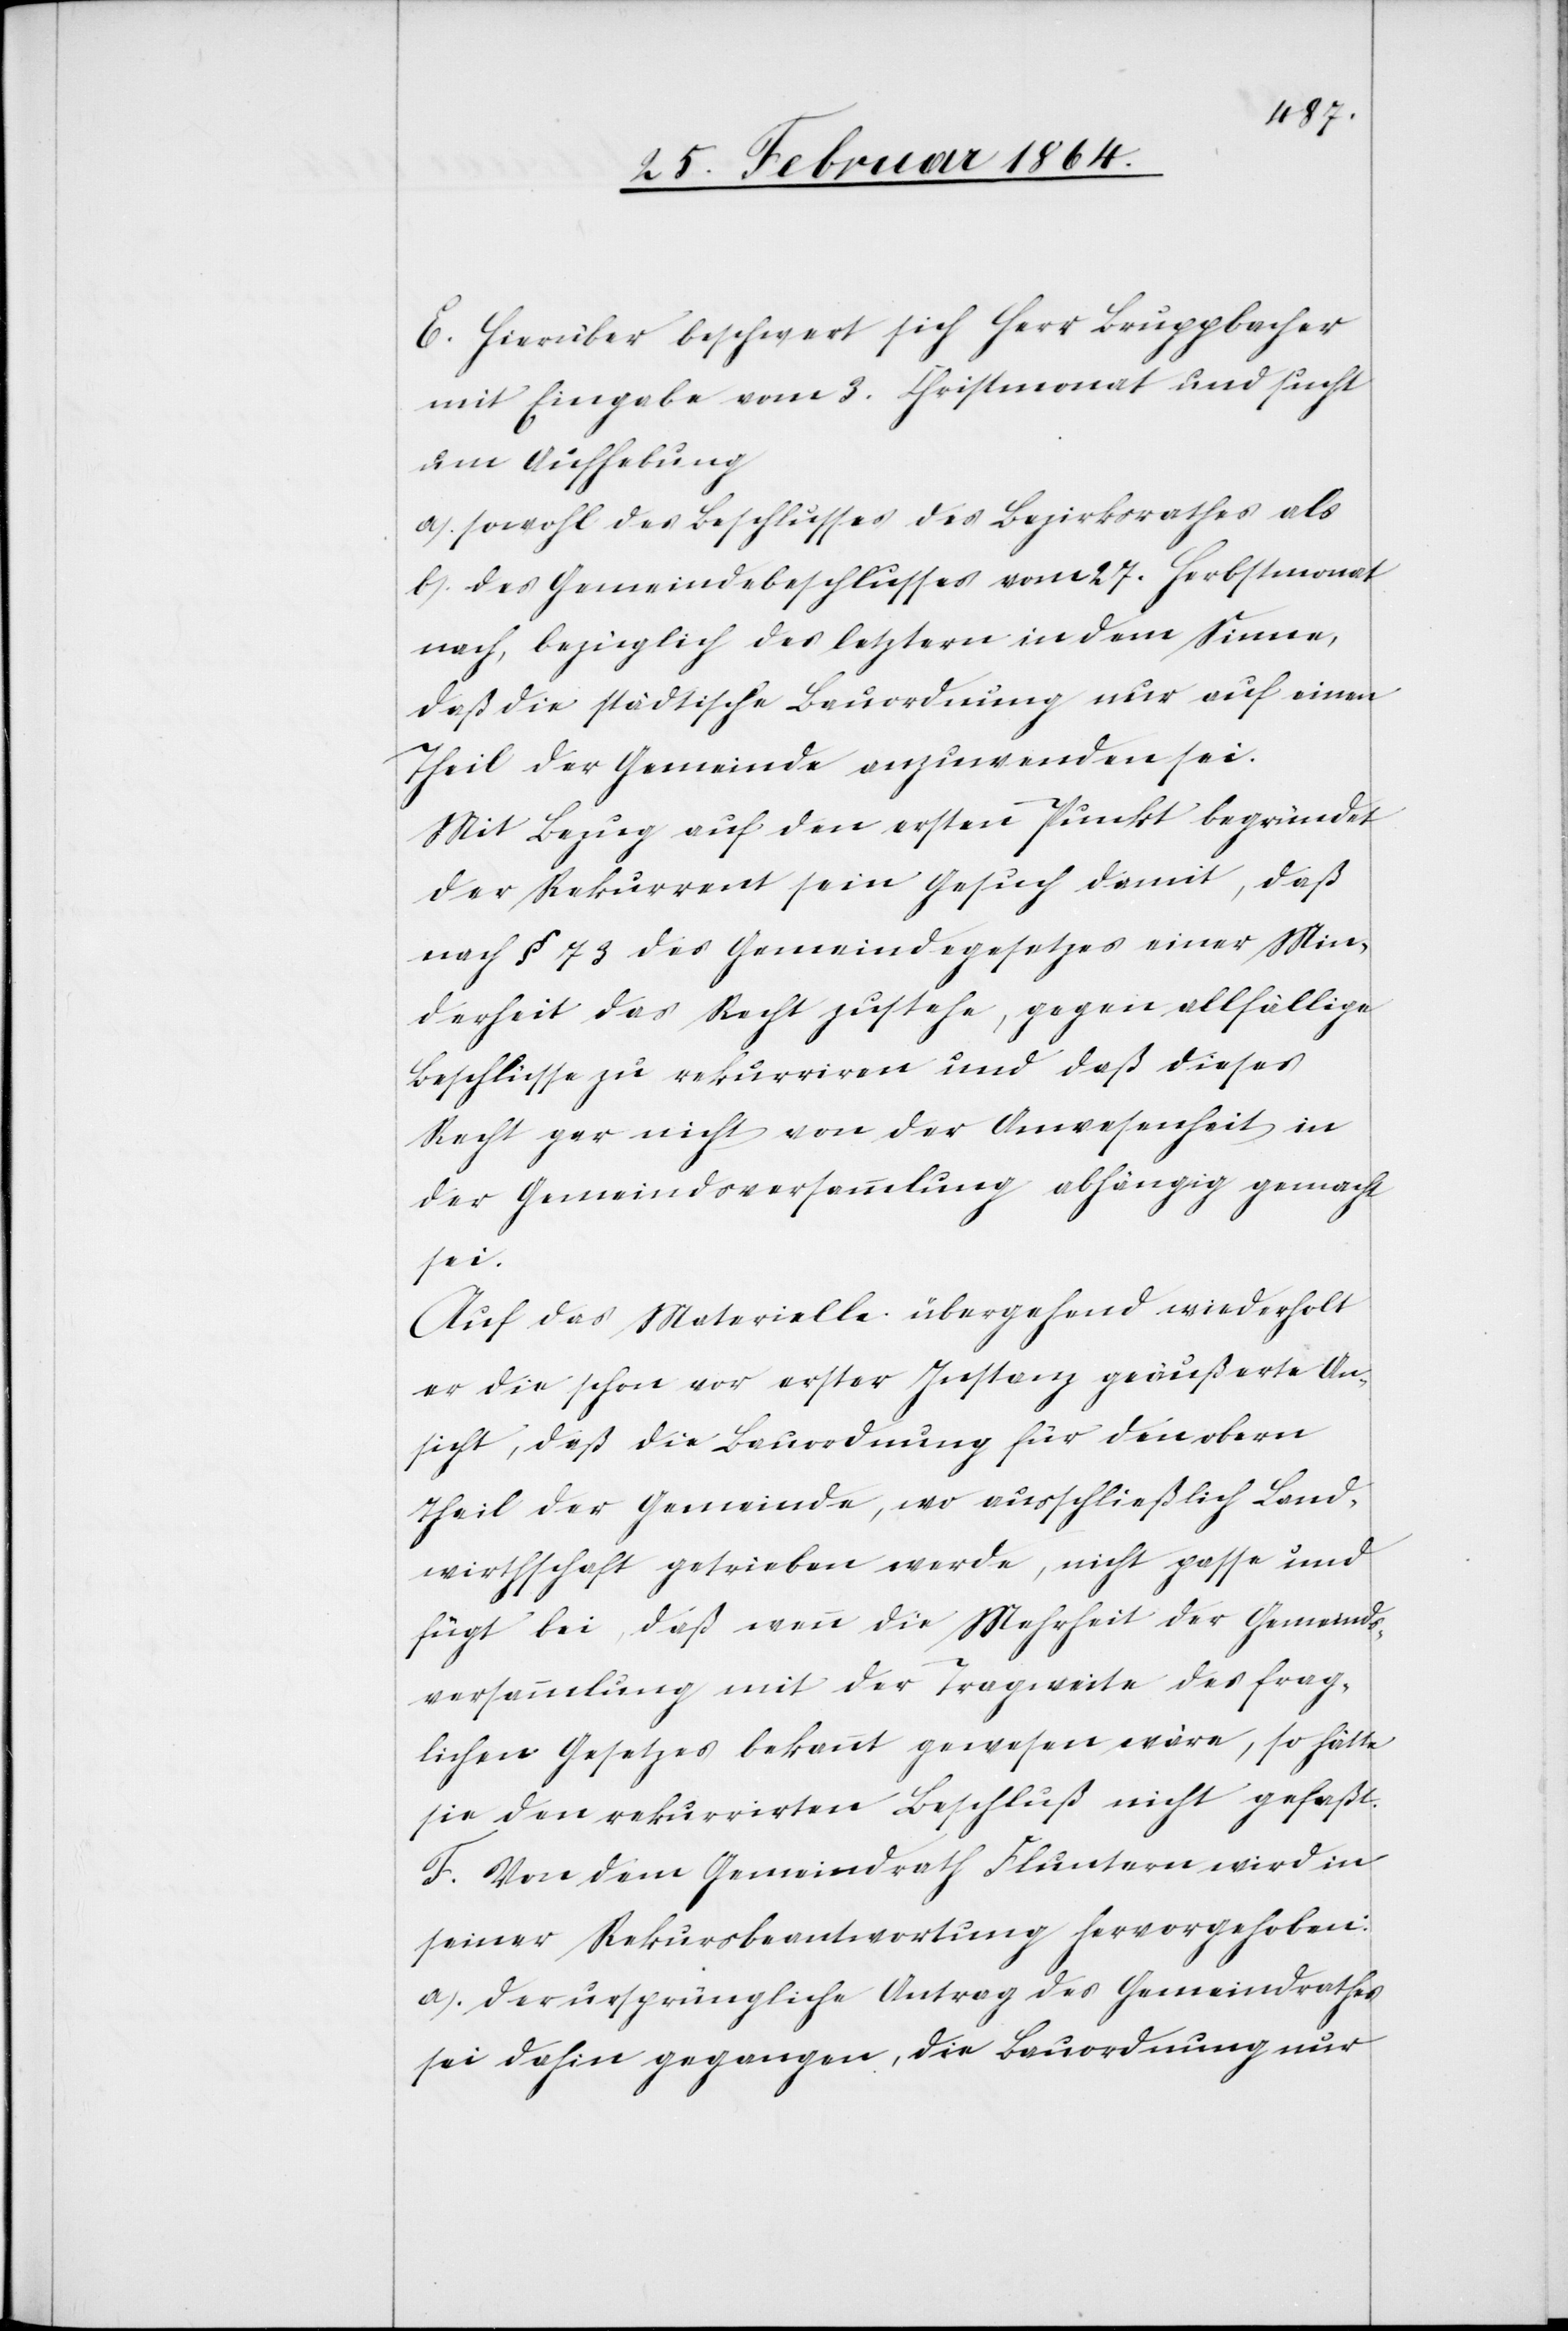
E. Hierüber beschwert sich Herr Bruppacher
mit Eingabe vom 3. Christmonat und sucht
um Aufhebung
a.) sowohl des Beschlusses des Bezirksrathes als
b.) des Gemeindebeschlusses vom 27. Herbstmonat
nach, bezüglich des letztern in dem Sinne,
daß die städtische Bauordnung nur auf einen
Theil der Gemeinde anzuwenden sei.
Mit Bezug auf den ersten Punkt begründet
der Rekurrent sein Gesuch damit, daß
nach § 73 des Gemeindegesetzes einer Min¬
derheit das Recht zustehe, gegen allfällige
Beschlüsse zu rekurriren und daß dieses
Recht gar nicht von der Anwesenheit in
der Gemeindsversammlung abhängig gemacht
sei.
Auf das Materielle übergehend wiederholt
er die schon vor erster Instanz geäußerte An¬
sicht, daß die Bauordnung für den obern
Theil der Gemeinde, wo ausschließlich Land¬
wirthschaft getrieben werde, nicht passe und
fügt bei, daß wenn die Mehrheit der Gemeinds¬
versammlung mit der Tragweite des frag¬
lichen Gesetzes bekannt gewesen wäre, so hätte
sie den rekurrirten Beschluß nicht gefaßt.
F. Von dem Gemeindrath Fluntern wird in
seiner Rekursbeantwortung hervorgehoben:
a.) Der ursprüngliche Antrag des Gemeindrathes
sei dahin gegangen, die Bauordnung nur